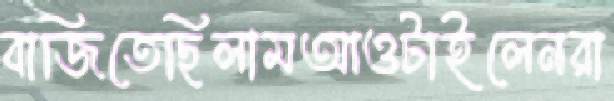
বাজিতেছিলামআওটাইলেনরা